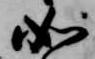
如